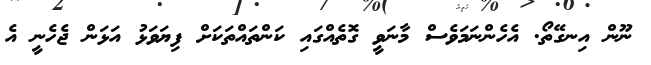
ނޫން އިނގޭތޯ. އެހެންނަމަވެސް މާނަވީ ގޮތެއްގައި ކަންތައްތަކަށް ފިޔަވަޅު އަޅަން ޖެހެނީ އެ